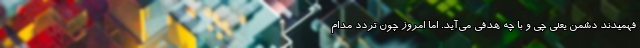
فهمیدند دشمن یعنی چی و با چه هدفی می‌آید. اما امروز چون تردد مدام